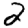
Digit: 2